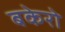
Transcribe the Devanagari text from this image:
बकेरो